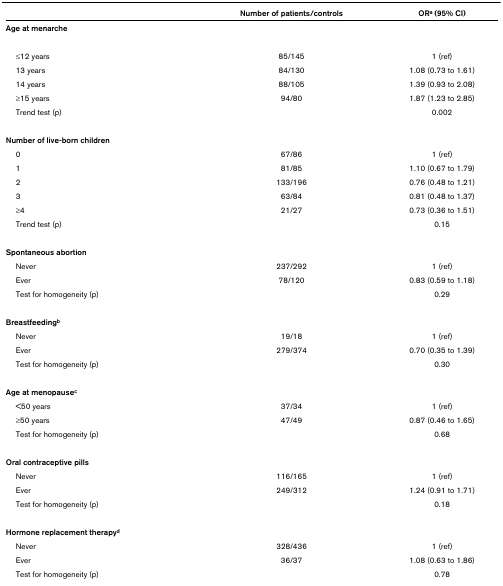
<table><thead><tr><td></td><td><b>Number of patients/controls</b></td><td><b>OR<sup>a </sup>(95% CI)</b></td></tr></thead><tbody><tr><td><b>Age at menarche</b></td><td></td><td></td></tr><tr><td> ≤12 years</td><td>85/145</td><td>1 (ref)</td></tr><tr><td> 13 years</td><td>84/130</td><td>1.08 (0.73 to 1.61)</td></tr><tr><td> 14 years</td><td>88/105</td><td>1.39 (0.93 to 2.08)</td></tr><tr><td> ≥15 years</td><td>94/80</td><td>1.87 (1.23 to 2.85)</td></tr><tr><td> Trend test (p)</td><td></td><td>0.002</td></tr><tr><td><b>Number of live-born children</b></td><td></td><td></td></tr><tr><td> 0</td><td>67/86</td><td>1 (ref)</td></tr><tr><td> 1</td><td>81/85</td><td>1.10 (0.67 to 1.79)</td></tr><tr><td> 2</td><td>133/196</td><td>0.76 (0.48 to 1.21)</td></tr><tr><td> 3</td><td>63/84</td><td>0.81 (0.48 to 1.37)</td></tr><tr><td> ≥4</td><td>21/27</td><td>0.73 (0.36 to 1.51)</td></tr><tr><td> Trend test (p)</td><td></td><td>0.15</td></tr><tr><td><b>Spontaneous abortion</b></td><td></td><td></td></tr><tr><td> Never</td><td>237/292</td><td>1 (ref)</td></tr><tr><td> Ever</td><td>78/120</td><td>0.83 (0.59 to 1.18)</td></tr><tr><td> Test for homogeneity (p)</td><td></td><td>0.29</td></tr><tr><td><b>Breastfeeding<sup>b</sup></b></td><td></td><td></td></tr><tr><td> Never</td><td>19/18</td><td>1 (ref)</td></tr><tr><td> Ever</td><td>279/374</td><td>0.70 (0.35 to 1.39)</td></tr><tr><td> Test for homogeneity (p)</td><td></td><td>0.30</td></tr><tr><td><b>Age at menopause<sup>c</sup></b></td><td></td><td></td></tr><tr><td> &lt;50 years</td><td>37/34</td><td>1 (ref)</td></tr><tr><td> ≥50 years</td><td>47/49</td><td>0.87 (0.46 to 1.65)</td></tr><tr><td> Test for homogeneity (p)</td><td></td><td>0.68</td></tr><tr><td><b>Oral contraceptive pills</b></td><td></td><td></td></tr><tr><td> Never</td><td>116/165</td><td>1 (ref)</td></tr><tr><td> Ever</td><td>249/312</td><td>1.24 (0.91 to 1.71)</td></tr><tr><td> Test for homogeneity (p)</td><td></td><td>0.18</td></tr><tr><td><b>Hormone replacement therapy<sup>d</sup></b></td><td></td><td></td></tr><tr><td> Never</td><td>328/436</td><td>1 (ref)</td></tr><tr><td> Ever</td><td>36/37</td><td>1.08 (0.63 to 1.86)</td></tr><tr><td> Test for homogeneity (p)</td><td></td><td>0.78</td></tr></tbody></table>